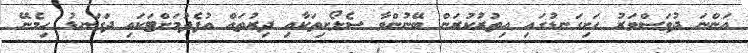
އަންނަ ދުވަސްވަރު ހަށިގަނޑުގައި އިތުރުކުރަން ބޭނުންވާ ސެލޯށިތަކާއި ދިރުތައް އުފެދުމަށްޓަކައި ދަގަނޑު ހިމެނޭ